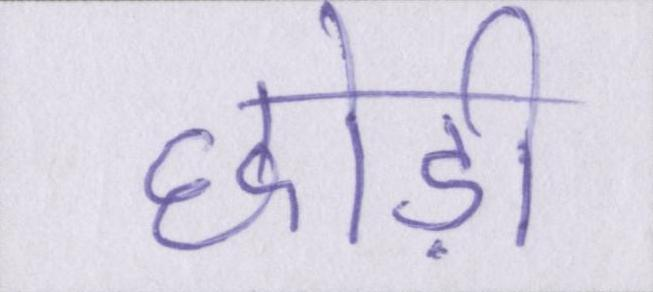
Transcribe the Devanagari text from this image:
छोड़ी